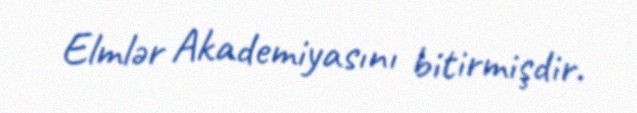
Elmlər Akademiyasını bitirmişdir.